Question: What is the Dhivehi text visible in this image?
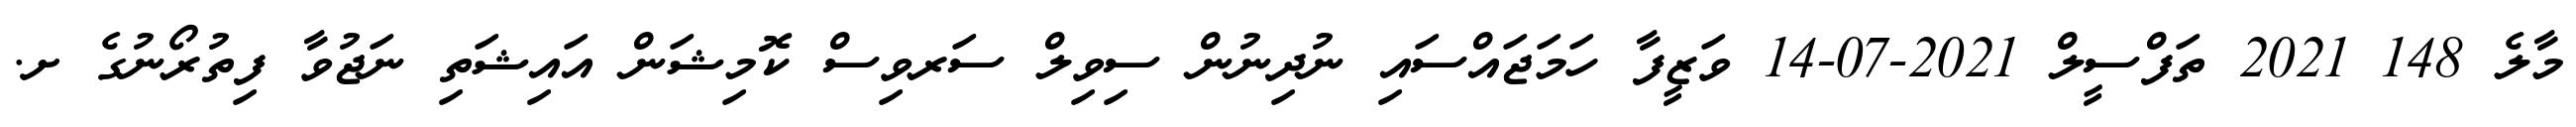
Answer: މާލެ 148 2021 ތަފްސީލް 2021-07-14 ވަޒީފާ ހަމަޖައްސައި ނުދިނުން ސިވިލް ސަރވިސް ކޮމިޝަން އައިޝަތި ނަޖުވާ ފިތުރޯނުގެ ށ.